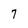
Character: 7